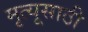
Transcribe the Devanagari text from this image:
मृत्यूसाठी